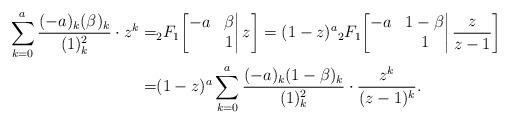
LaTeX: \begin{align*}\sum_{k=0}^a\frac{(-a)_{k}(\beta)_{k}}{(1)_{k}^2}\cdot z^k=&{}_2F_1\bigg[\begin{matrix}-a&\beta\\&1\end{matrix}\bigg|\,z\bigg]=(1-z)^a{}_2F_1\bigg[\begin{matrix}-a&1-\beta\\&1\end{matrix}\bigg|\,\frac{z}{z-1}\bigg]\\=&(1-z)^a\sum_{k=0}^a\frac{(-a)_{k}(1-\beta)_{k}}{(1)_{k}^2}\cdot\frac{z^k}{(z-1)^k}.\end{align*}